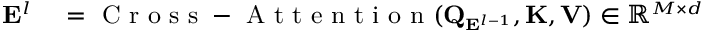
\small \begin{array} { r l } { \mathbf { E } ^ { l } } & { { } = \mathrm { ~ C ~ r ~ o ~ s ~ s ~ - ~ A ~ t ~ t ~ e ~ n ~ t ~ i ~ o ~ n ~ } ( \mathbf { Q } _ { \mathbf { E } ^ { l - 1 } } , \mathbf { K } , \mathbf { V } ) \in \mathbb { R } ^ { M \times d } } \end{array}